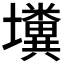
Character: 𡓴